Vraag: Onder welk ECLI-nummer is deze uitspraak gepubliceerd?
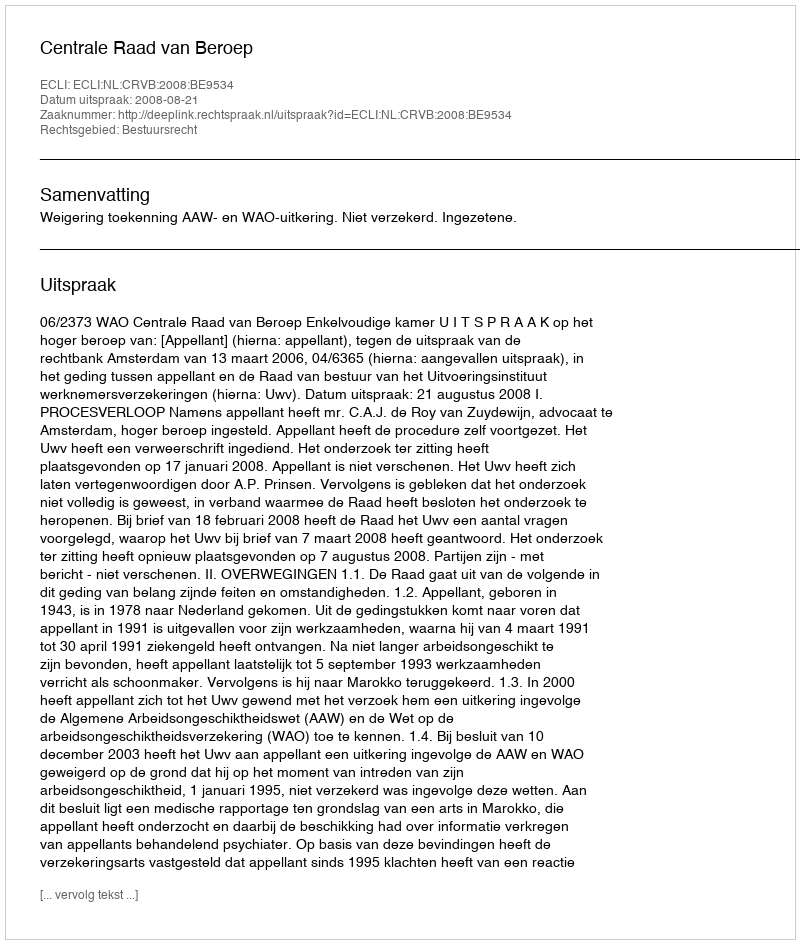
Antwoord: ECLI:NL:CRVB:2008:BE9534